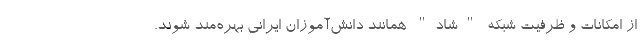
از امکانات و ظرفیت شبکه "شاد" همانند دانش‌آموزان ایرانی بهره‌مند شوند.